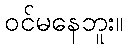
ဝင်မနေဘူး။